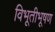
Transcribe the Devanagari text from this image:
विभूतीभूषण